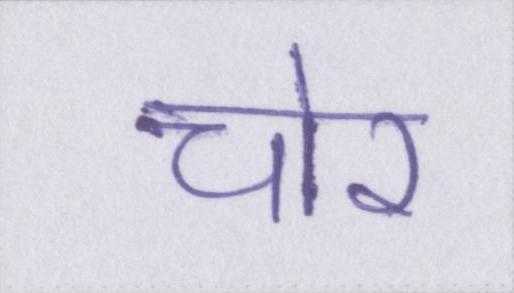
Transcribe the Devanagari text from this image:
चोर